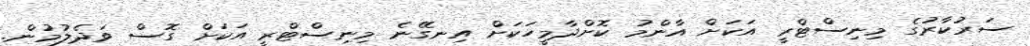
ސަރުކާރުގެ މިނިސްޓްރީ އަކަށް އާންމު ކޮށްދާމީހަކަށް އިނގޭނެ މިނިސްޓްރީ އަކަށް ގޮސް ވަދެލުމުން.